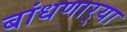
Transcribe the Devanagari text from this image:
बांधणार्‍या